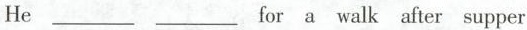
He ___ ___ fora walk after supper